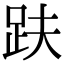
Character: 趺